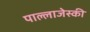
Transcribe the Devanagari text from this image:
पाल्लाजेस्की